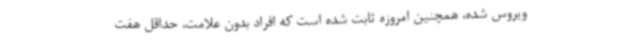
ویروس شده، همچنین امروزه ثابت شده است که افراد بدون علامت، حداقل هفت